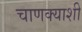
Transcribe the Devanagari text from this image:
चाणक्याशी